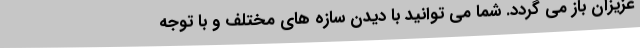
عزیزان باز می گردد. شما می توانید با دیدن سازه های مختلف و با توجه